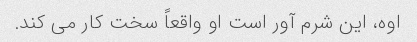
اوه، این شرم آور است او واقعاً سخت کار می کند.